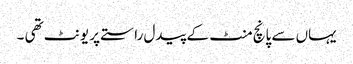
یہاں سے پانچ منٹ کے پیدل راستے پر یونٹ تھی ۔